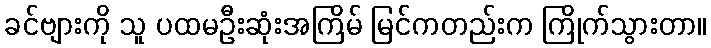
ခင်ဗျားကို သူ ပထမဦးဆုံးအကြိမ် မြင်ကတည်းက ကြိုက်သွားတာ။